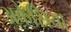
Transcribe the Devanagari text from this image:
अकैसिया